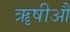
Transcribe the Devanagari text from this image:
ॠषीऔ